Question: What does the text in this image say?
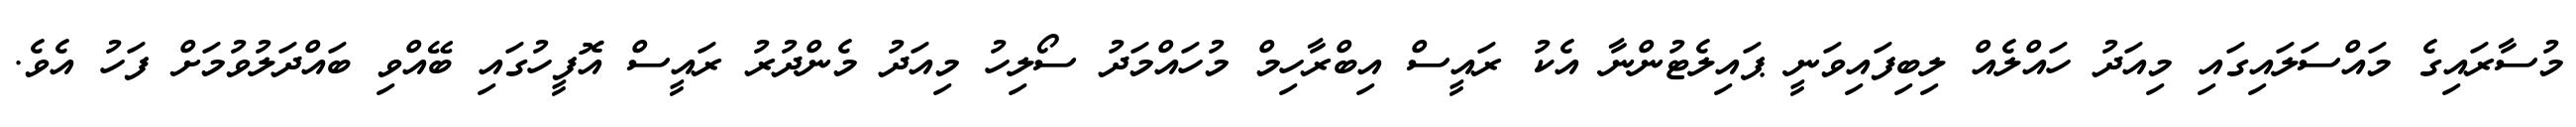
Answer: މުސާރައިގެ މައްސަލައިގައި މިއަދު ހައްލެއް ލިބިފައިވަނީ ޕައިލެޓުންނާ އެކު ރައީސް އިބްރާހިމް މުހައްމަދު ސޯލިހު މިއަދު މެންދުރު ރައީސް އޮފީހުގައި ބޭއްވި ބައްދަލުވުމަށް ފަހު އެވެ.